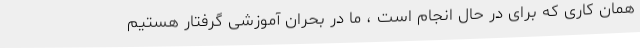
همان کاری که برای در حال انجام است ، ما در بحران آموزشی گرفتار هستیم